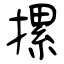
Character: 摞